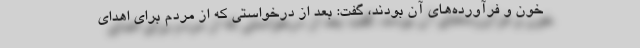
خون و فرآورده‌های آن بودند، گفت: بعد از درخواستی که از مردم برای اهدای